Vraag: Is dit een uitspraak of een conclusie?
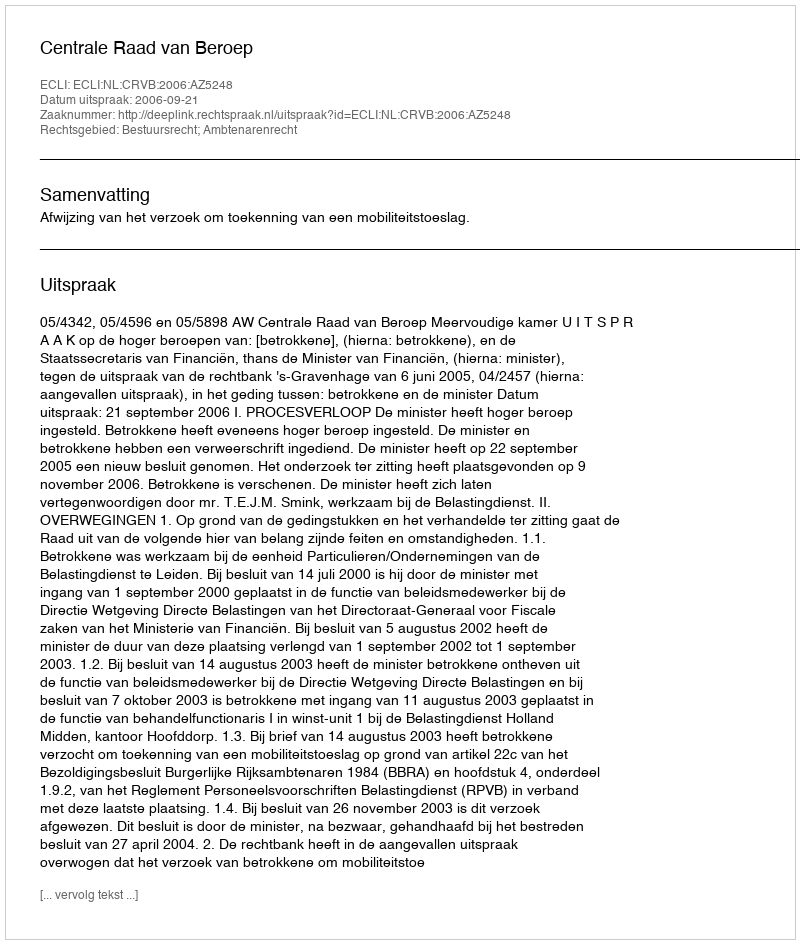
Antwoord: Uitspraak